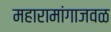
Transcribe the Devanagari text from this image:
महारामांगाजवळ